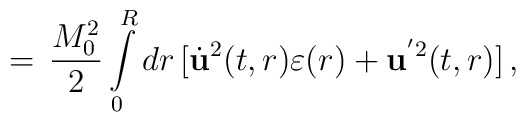
=\,\frac{M_{0}^{2}}{2}\int\limits_{0}^{R}dr\,[\dot{\bf u}^{2}(t,r)\varepsilon(r)+{\bf u}^{'2}(t,r)]\,{,}